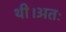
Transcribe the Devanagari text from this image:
थी।अतः